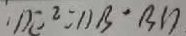
D E ^ { 2 } = 1 1 B ^ { \prime } B D